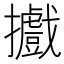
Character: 𢹍